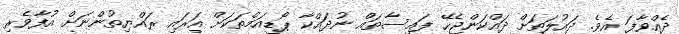
ދެއްވާފަ އެވެ. ދައުލަތަށް ދައްކަންޖެހޭ ފައިސާތައް ނުދައްކާ ޕޯޑިއަމްތަކަށް އަރައި ރައްޔިތުންނަށް އުފާވެރި